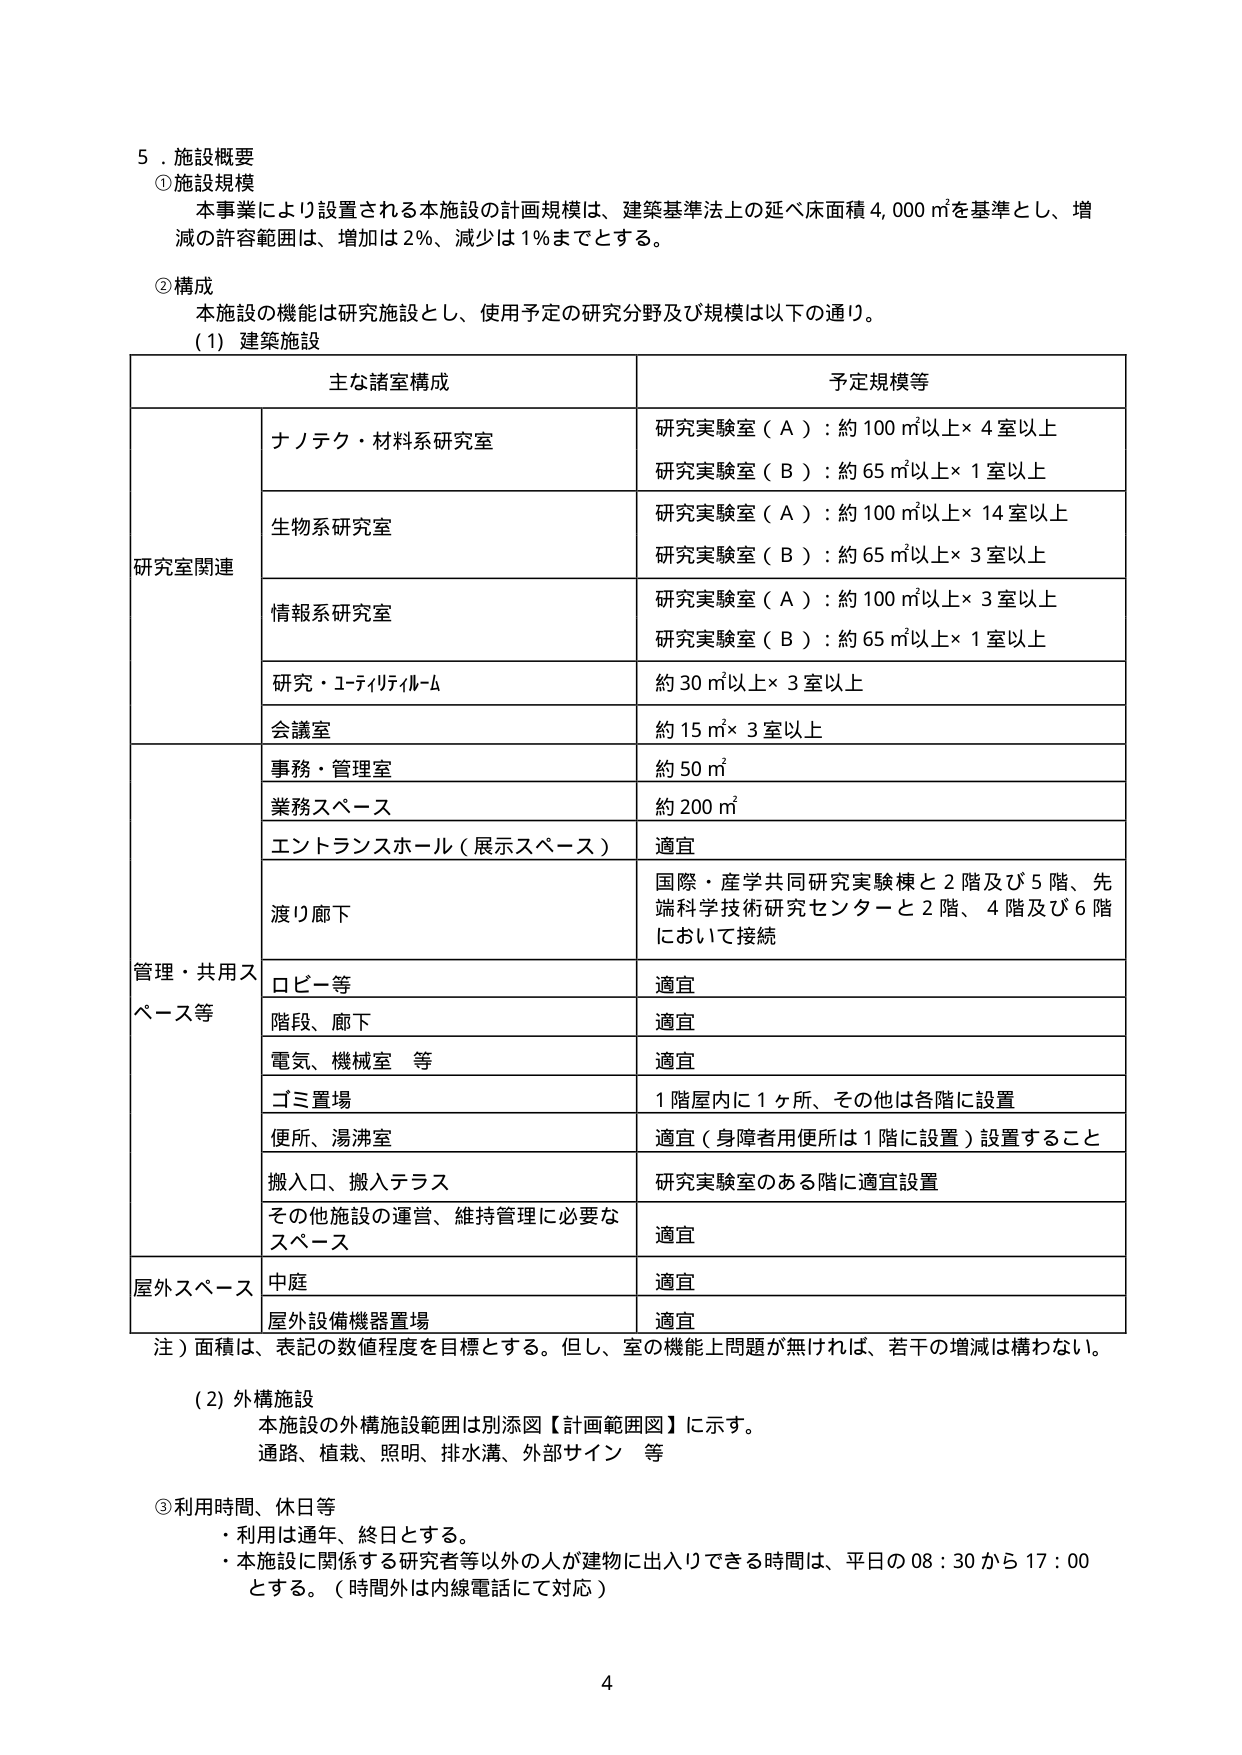
5．施設概要
①施設規模
本事業により設置される本施設の計画規模は、建築基準法上の延べ床面積4,000㎡を基準とし、増減の許容範囲は、増加は2％、減少は1％までとする。

②構成
本施設の機能は研究施設とし、使用予定の研究分野及び規模は以下の通り。
（1）建築施設

主な諸室構成